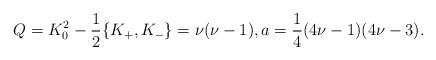
LaTeX: \begin{gather*}Q=K_0^2-\frac12 \{K_+, K_-\}=\nu(\nu-1), a=\frac14(4\nu-1)(4\nu-3).\end{gather*}